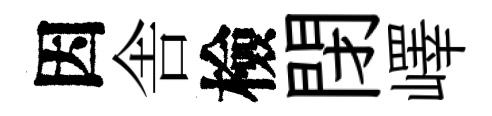
因舎檢閉嶧